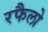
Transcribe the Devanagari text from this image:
रफैलो